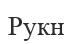
Рукн